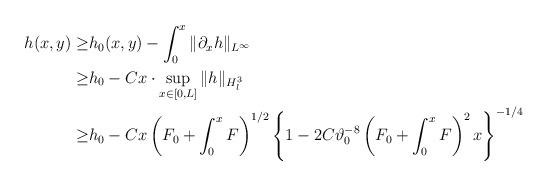
LaTeX: \begin{align*}\begin{aligned}h(x,y) \geq &h_0(x,y)-\int_0^x \Vert \partial_x h\Vert_{L^\infty}\\\geq &h_0-Cx\cdot \sup\limits_{x\in[0,L]}\Vert h\Vert_{H^3_l}\\\geq &h_0-Cx\left(F_0+\int_0^x F\right)^{1/2}\left\{1-2C\vartheta_0^{-8}\left(F_0+\int_0^x F\right)^2x\right\}^{-1/4}\end{aligned}\end{align*}